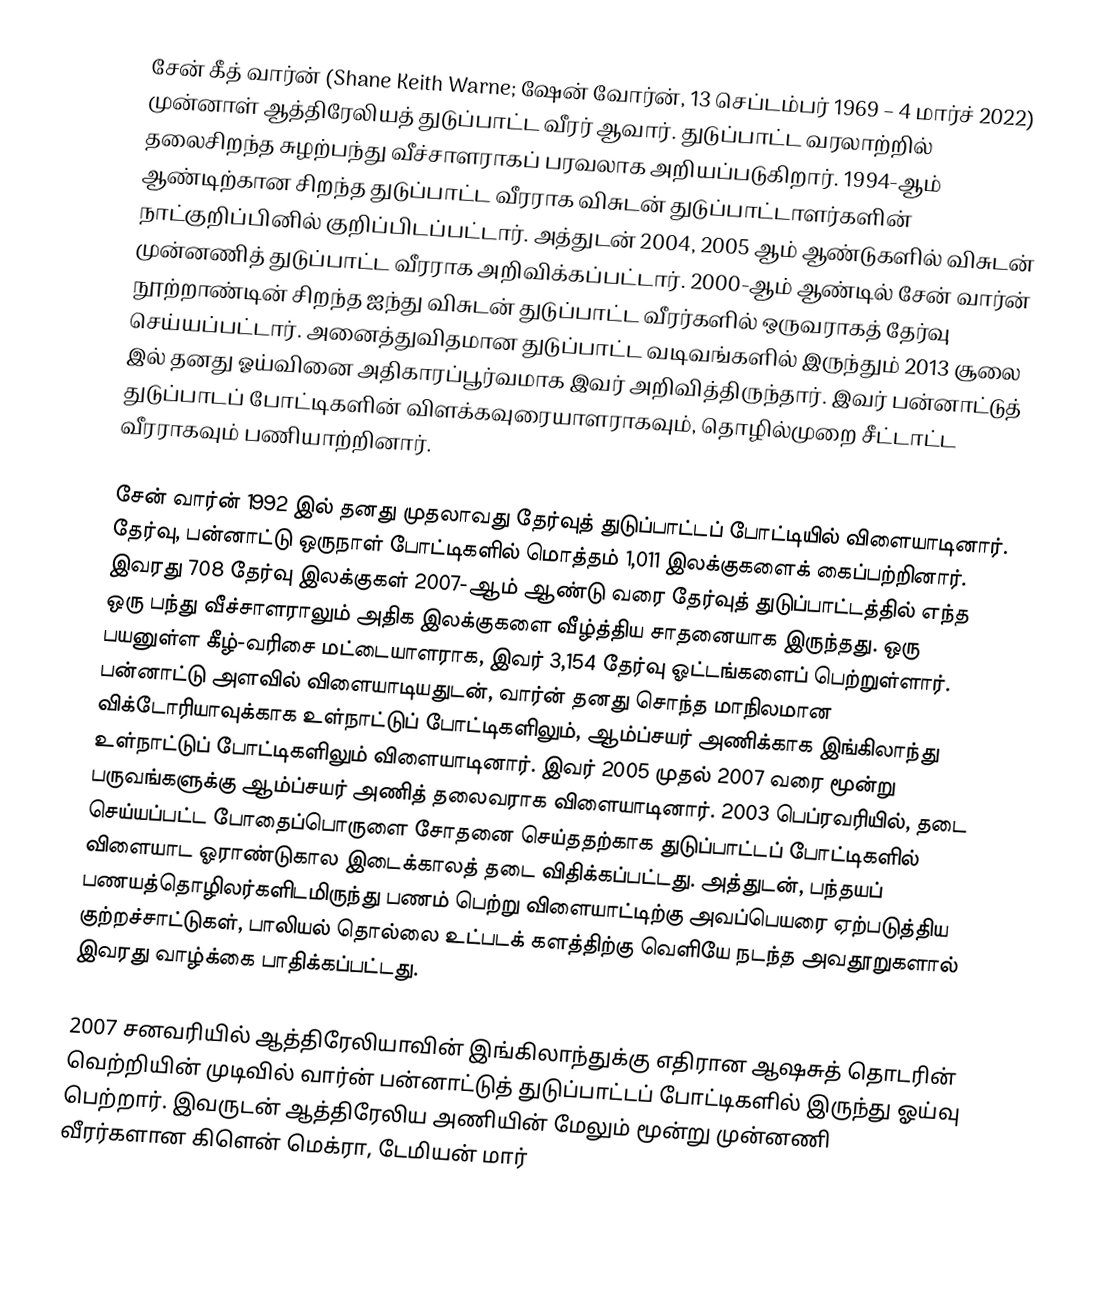
சேன் கீத் வார்ன் (Shane Keith Warne; ஷேன் வோர்ன், 13 செப்டம்பர் 1969 – 4 மார்ச் 2022) முன்னாள் ஆத்திரேலியத் துடுப்பாட்ட வீரர் ஆவார். துடுப்பாட்ட வரலாற்றில் தலைசிறந்த சுழற்பந்து வீச்சாளராகப் பரவலாக அறியப்படுகிறார். 1994-ஆம் ஆண்டிற்கான சிறந்த துடுப்பாட்ட வீரராக விசுடன் துடுப்பாட்டாளர்களின் நாட்குறிப்பினில் குறிப்பிடப்பட்டார். அத்துடன் 2004, 2005 ஆம் ஆண்டுகளில் விசுடன் முன்னணித் துடுப்பாட்ட வீரராக அறிவிக்கப்பட்டார். 2000-ஆம் ஆண்டில் சேன் வார்ன் நூற்றாண்டின் சிறந்த ஐந்து விசுடன் துடுப்பாட்ட வீரர்களில் ஒருவராகத் தேர்வு செய்யப்பட்டார். அனைத்துவிதமான துடுப்பாட்ட வடிவங்களில் இருந்தும் 2013 சூலை இல் தனது ஓய்வினை அதிகாரப்பூர்வமாக இவர் அறிவித்திருந்தார். இவர் பன்னாட்டுத் துடுப்பாடப் போட்டிகளின் விளக்கவுரையாளராகவும், தொழில்முறை சீட்டாட்ட வீரராகவும் பணியாற்றினார்.

சேன் வார்ன் 1992 இல் தனது முதலாவது தேர்வுத் துடுப்பாட்டப் போட்டியில் விளையாடினார். தேர்வு, பன்னாட்டு ஒருநாள் போட்டிகளில் மொத்தம் 1,011 இலக்குகளைக் கைப்பற்றினார். இவரது 708 தேர்வு இலக்குகள் 2007-ஆம் ஆண்டு வரை தேர்வுத் துடுப்பாட்டத்தில் எந்த ஒரு பந்து வீச்சாளராலும் அதிக இலக்குகளை வீழ்த்திய சாதனையாக இருந்தது. ஒரு பயனுள்ள கீழ்-வரிசை மட்டையாளராக, இவர் 3,154 தேர்வு ஓட்டங்களைப் பெற்றுள்ளார். பன்னாட்டு அளவில் விளையாடியதுடன், வார்ன் தனது சொந்த மாநிலமான விக்டோரியாவுக்காக உள்நாட்டுப் போட்டிகளிலும், ஆம்ப்சயர் அணிக்காக இங்கிலாந்து உள்நாட்டுப் போட்டிகளிலும் விளையாடினார். இவர் 2005 முதல் 2007 வரை மூன்று பருவங்களுக்கு ஆம்ப்சயர் அணித் தலைவராக விளையாடினார். 2003 பெப்ரவரியில், தடை செய்யப்பட்ட போதைப்பொருளை சோதனை செய்ததற்காக துடுப்பாட்டப் போட்டிகளில் விளையாட ஓராண்டுகால இடைக்காலத் தடை விதிக்கப்பட்டது. அத்துடன், பந்தயப் பணயத்தொழிலர்களிடமிருந்து பணம் பெற்று விளையாட்டிற்கு அவப்பெயரை ஏற்படுத்திய குற்றச்சாட்டுகள், பாலியல் தொல்லை உட்படக் களத்திற்கு வெளியே நடந்த அவதூறுகளால் இவரது வாழ்க்கை பாதிக்கப்பட்டது.

2007 சனவரியில் ஆத்திரேலியாவின் இங்கிலாந்துக்கு எதிரான ஆஷசுத் தொடரின் வெற்றியின் முடிவில் வார்ன் பன்னாட்டுத் துடுப்பாட்டப் போட்டிகளில் இருந்து ஓய்வு பெற்றார். இவருடன் ஆத்திரேலிய அணியின் மேலும் மூன்று முன்னணி வீரர்களான கிளென் மெக்ரா, டேமியன் மார்